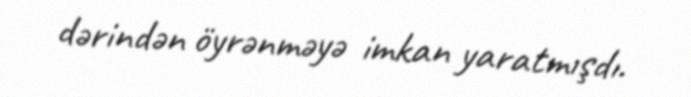
dərindən öyrənməyə imkan yaratmışdı.